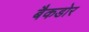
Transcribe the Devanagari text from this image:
बैकडोर